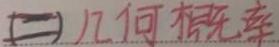
(二)几何概率